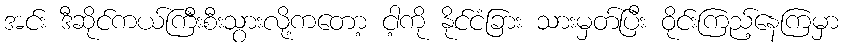
အင်း ဒီဆိုင်ကယ်ကြီးစီးသွားလို့ကတော့ ငါ့ကို နိုင်ငံခြား သားမှတ်ပြီး ဝိုင်းကြည့်နေကြမှာ